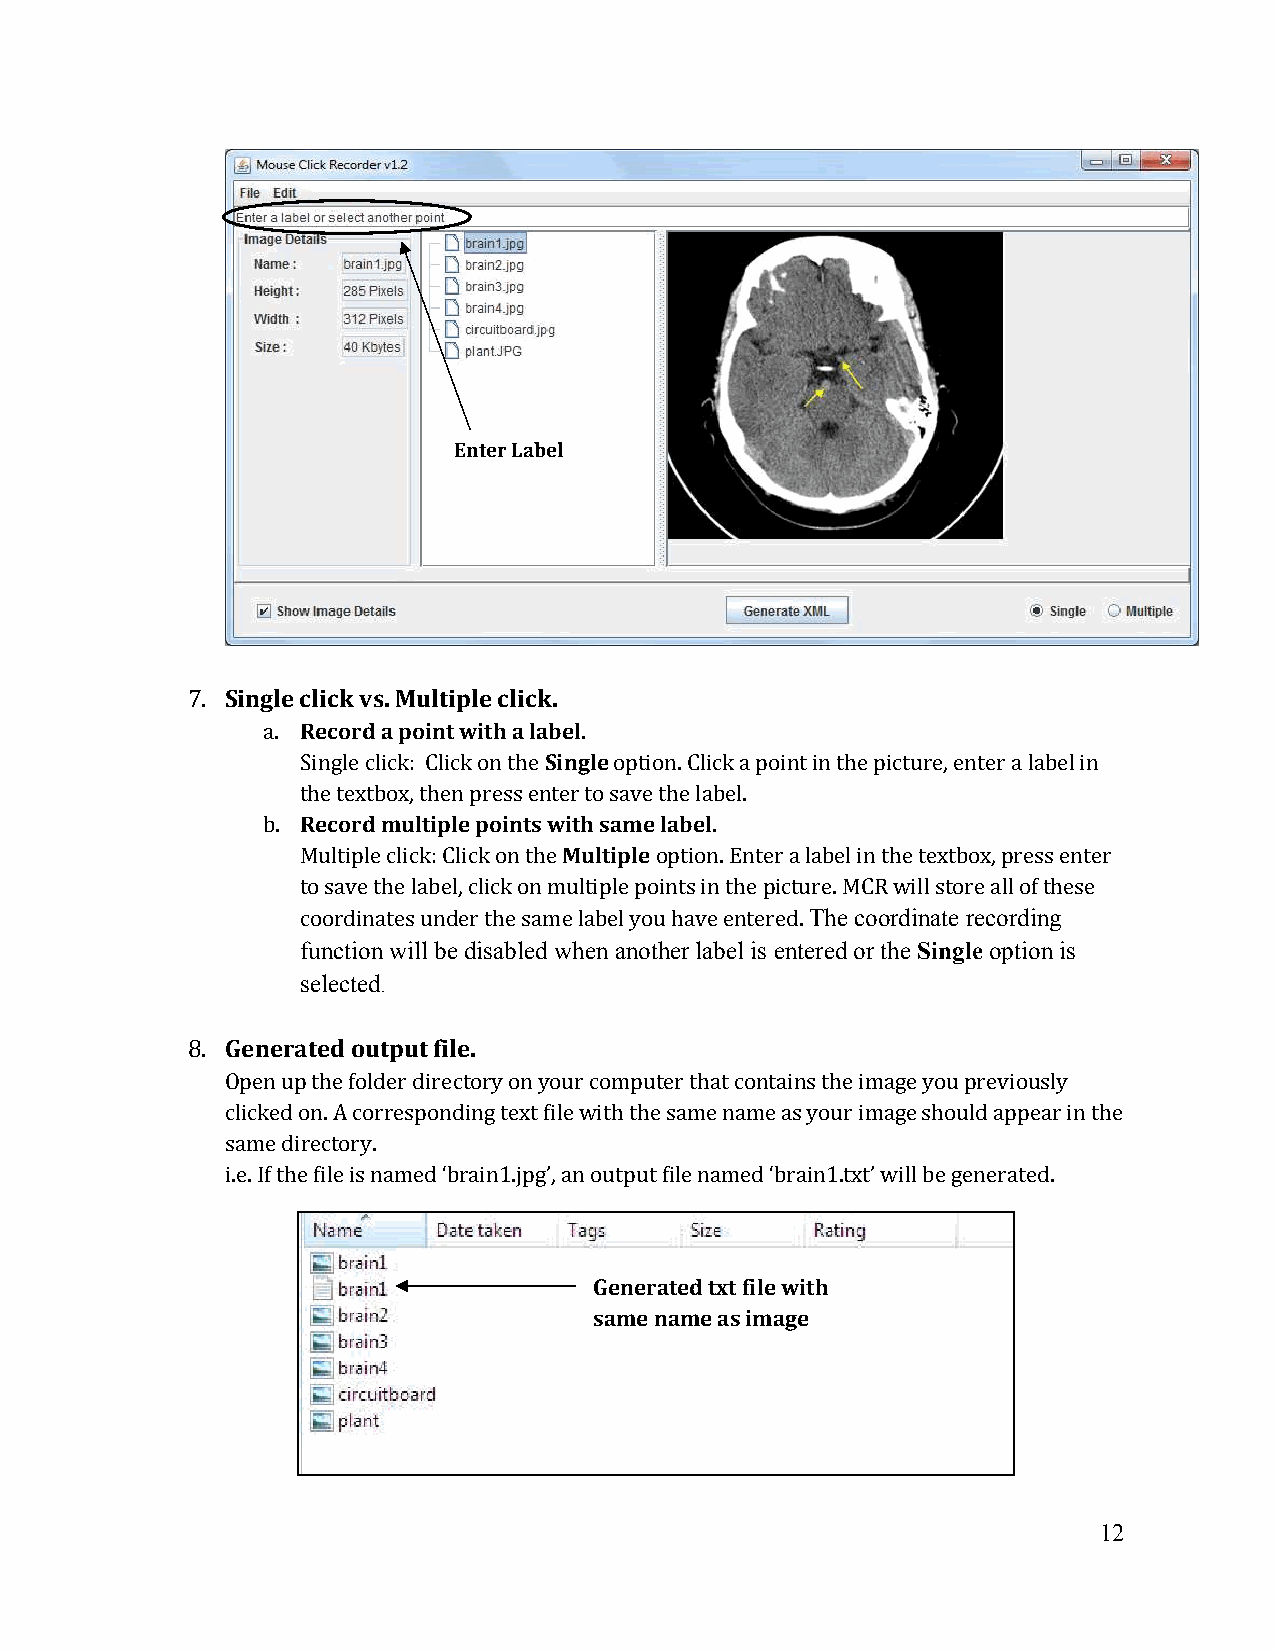
Enter Label
 7. Single click vs. Multiple click.
 a. Record a point with a label.
 Single click: Click on the Single option. Click a point in the picture, enter a label in
 the textbox, then press enter to save the label.
 b. Record multiple points with same label.
 Multiple click: Click on the Multiple option. Enter a label in the textbox, press enter
 to save the label, click on multiple points in the picture. MCR will store all of these
 coordinates under the same label you have entered. The coordinate recording
 function will be disabled when another label is entered or the Single option is
 selected.
 8. Generated output file.
 Open up the folder directory on your computer that contains the image you previously
 clicked on. A corresponding text file with the same name as your image should appear in the
 same directory.
 i.e. If the file is named ‘brain1.jpg’, an output file named ‘brain1.txt’ will be generated.
 Generated txt file with
 same name as image
 12